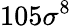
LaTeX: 105\sigma^{8}